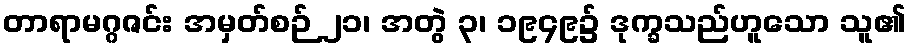
တာရာမဂ္ဂဇင်း အမှတ်စဉ် ၂၁၊ အတွဲ ၃၊ ၁၉၄၉၌ ဒုက္ခသည်ဟူသော သူ၏